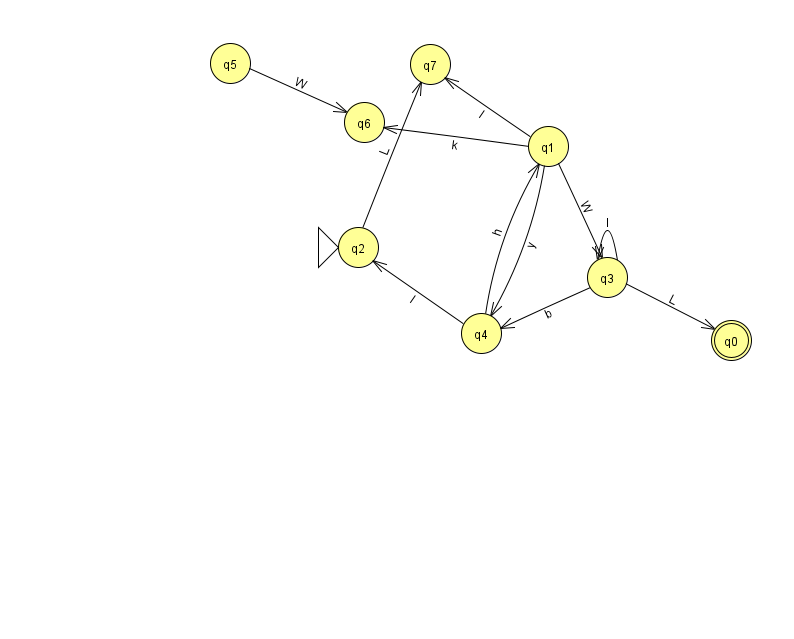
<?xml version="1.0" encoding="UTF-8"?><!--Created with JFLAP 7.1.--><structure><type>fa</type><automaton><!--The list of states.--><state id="0" name="q0"><x>731.0</x><y>327.0</y><final/></state><state id="1" name="q1"><x>548.0</x><y>133.0</y></state><state id="2" name="q2"><x>358.0</x><y>234.0</y><initial/></state><state id="3" name="q3"><x>607.0</x><y>264.0</y></state><state id="4" name="q4"><x>481.0</x><y>320.0</y></state><state id="5" name="q5"><x>230.0</x><y>50.0</y></state><state id="6" name="q6"><x>364.0</x><y>109.0</y></state><state id="7" name="q7"><x>430.0</x><y>51.0</y></state><!--The list of transitions.--><transition><from>4</from><to>2</to><read>I</read></transition><transition><from>3</from><to>4</to><read>b</read></transition><transition><from>4</from><to>1</to><read>h</read></transition><transition><from>1</from><to>4</to><read>y</read></transition><transition><from>1</from><to>7</to><read>I</read></transition><transition><from>3</from><to>3</to><read>l</read></transition><transition><from>1</from><to>3</to><read>W</read></transition><transition><from>1</from><to>6</to><read>k</read></transition><transition><from>5</from><to>6</to><read>W</read></transition><transition><from>2</from><to>7</to><read>L</read></transition><transition><from>3</from><to>0</to><read>L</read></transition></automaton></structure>